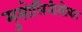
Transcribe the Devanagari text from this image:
मुसोलिनीसोबत